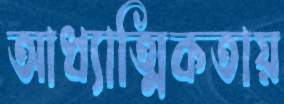
আধ্যাত্মিকতায়